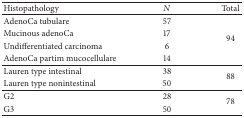
<table><thead><tr><td><b>Histopathology</b></td><td><b><i>N</i></b></td><td><b>Total</b></td></tr></thead><tbody><tr><td>AdenoCa tubulare</td><td>57</td><td rowspan="4">94</td></tr><tr><td>Mucinous adenoCa</td><td>17</td></tr><tr><td>Undifferentiated carcinoma</td><td>6</td></tr><tr><td>AdenoCa partim mucocellulare</td><td>14</td></tr><tr><td>Lauren type intestinal</td><td>38</td><td rowspan="2">88</td></tr><tr><td>Lauren type nonintestinal</td><td>50</td></tr><tr><td>G2</td><td>28</td><td rowspan="2">78</td></tr><tr><td>G3</td><td>50</td></tr></tbody></table>